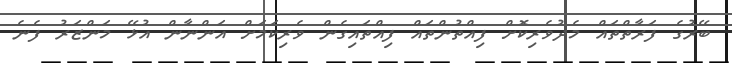
ބޭރުގެ ފަރާތްތައް މެދުވެރިކޮށް ފިއްތުންތައް ފިއްތައިގެން ވެރިކަމަށް އަންނާން އުޅޭ މަންޒަރު ފެނެ